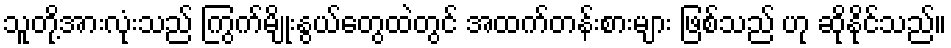
သူတို့အားလုံးသည် ကြွက်မျိုးနွယ်တွေထဲတွင် အထက်တန်းစားများ ဖြစ်သည် ဟု ဆိုနိုင်သည်။